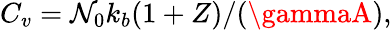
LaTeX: C_{v}={\mathcal{N}_{0}k_{b}(1+Z)}/({\gammaA}),